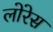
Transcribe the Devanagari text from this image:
लोरेस